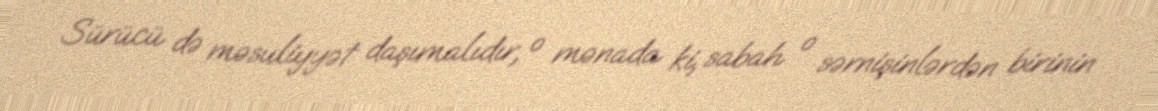
Sürücü də məsuliyyət daşımalıdır, o mənada ki, sabah o sərnişinlərdən birinin